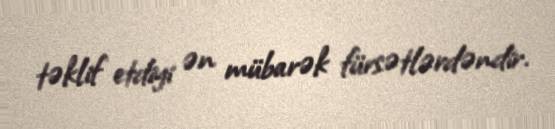
təklif etdiyi ən mübarək fürsətlərdəndir.